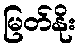
မြတ်နိုး